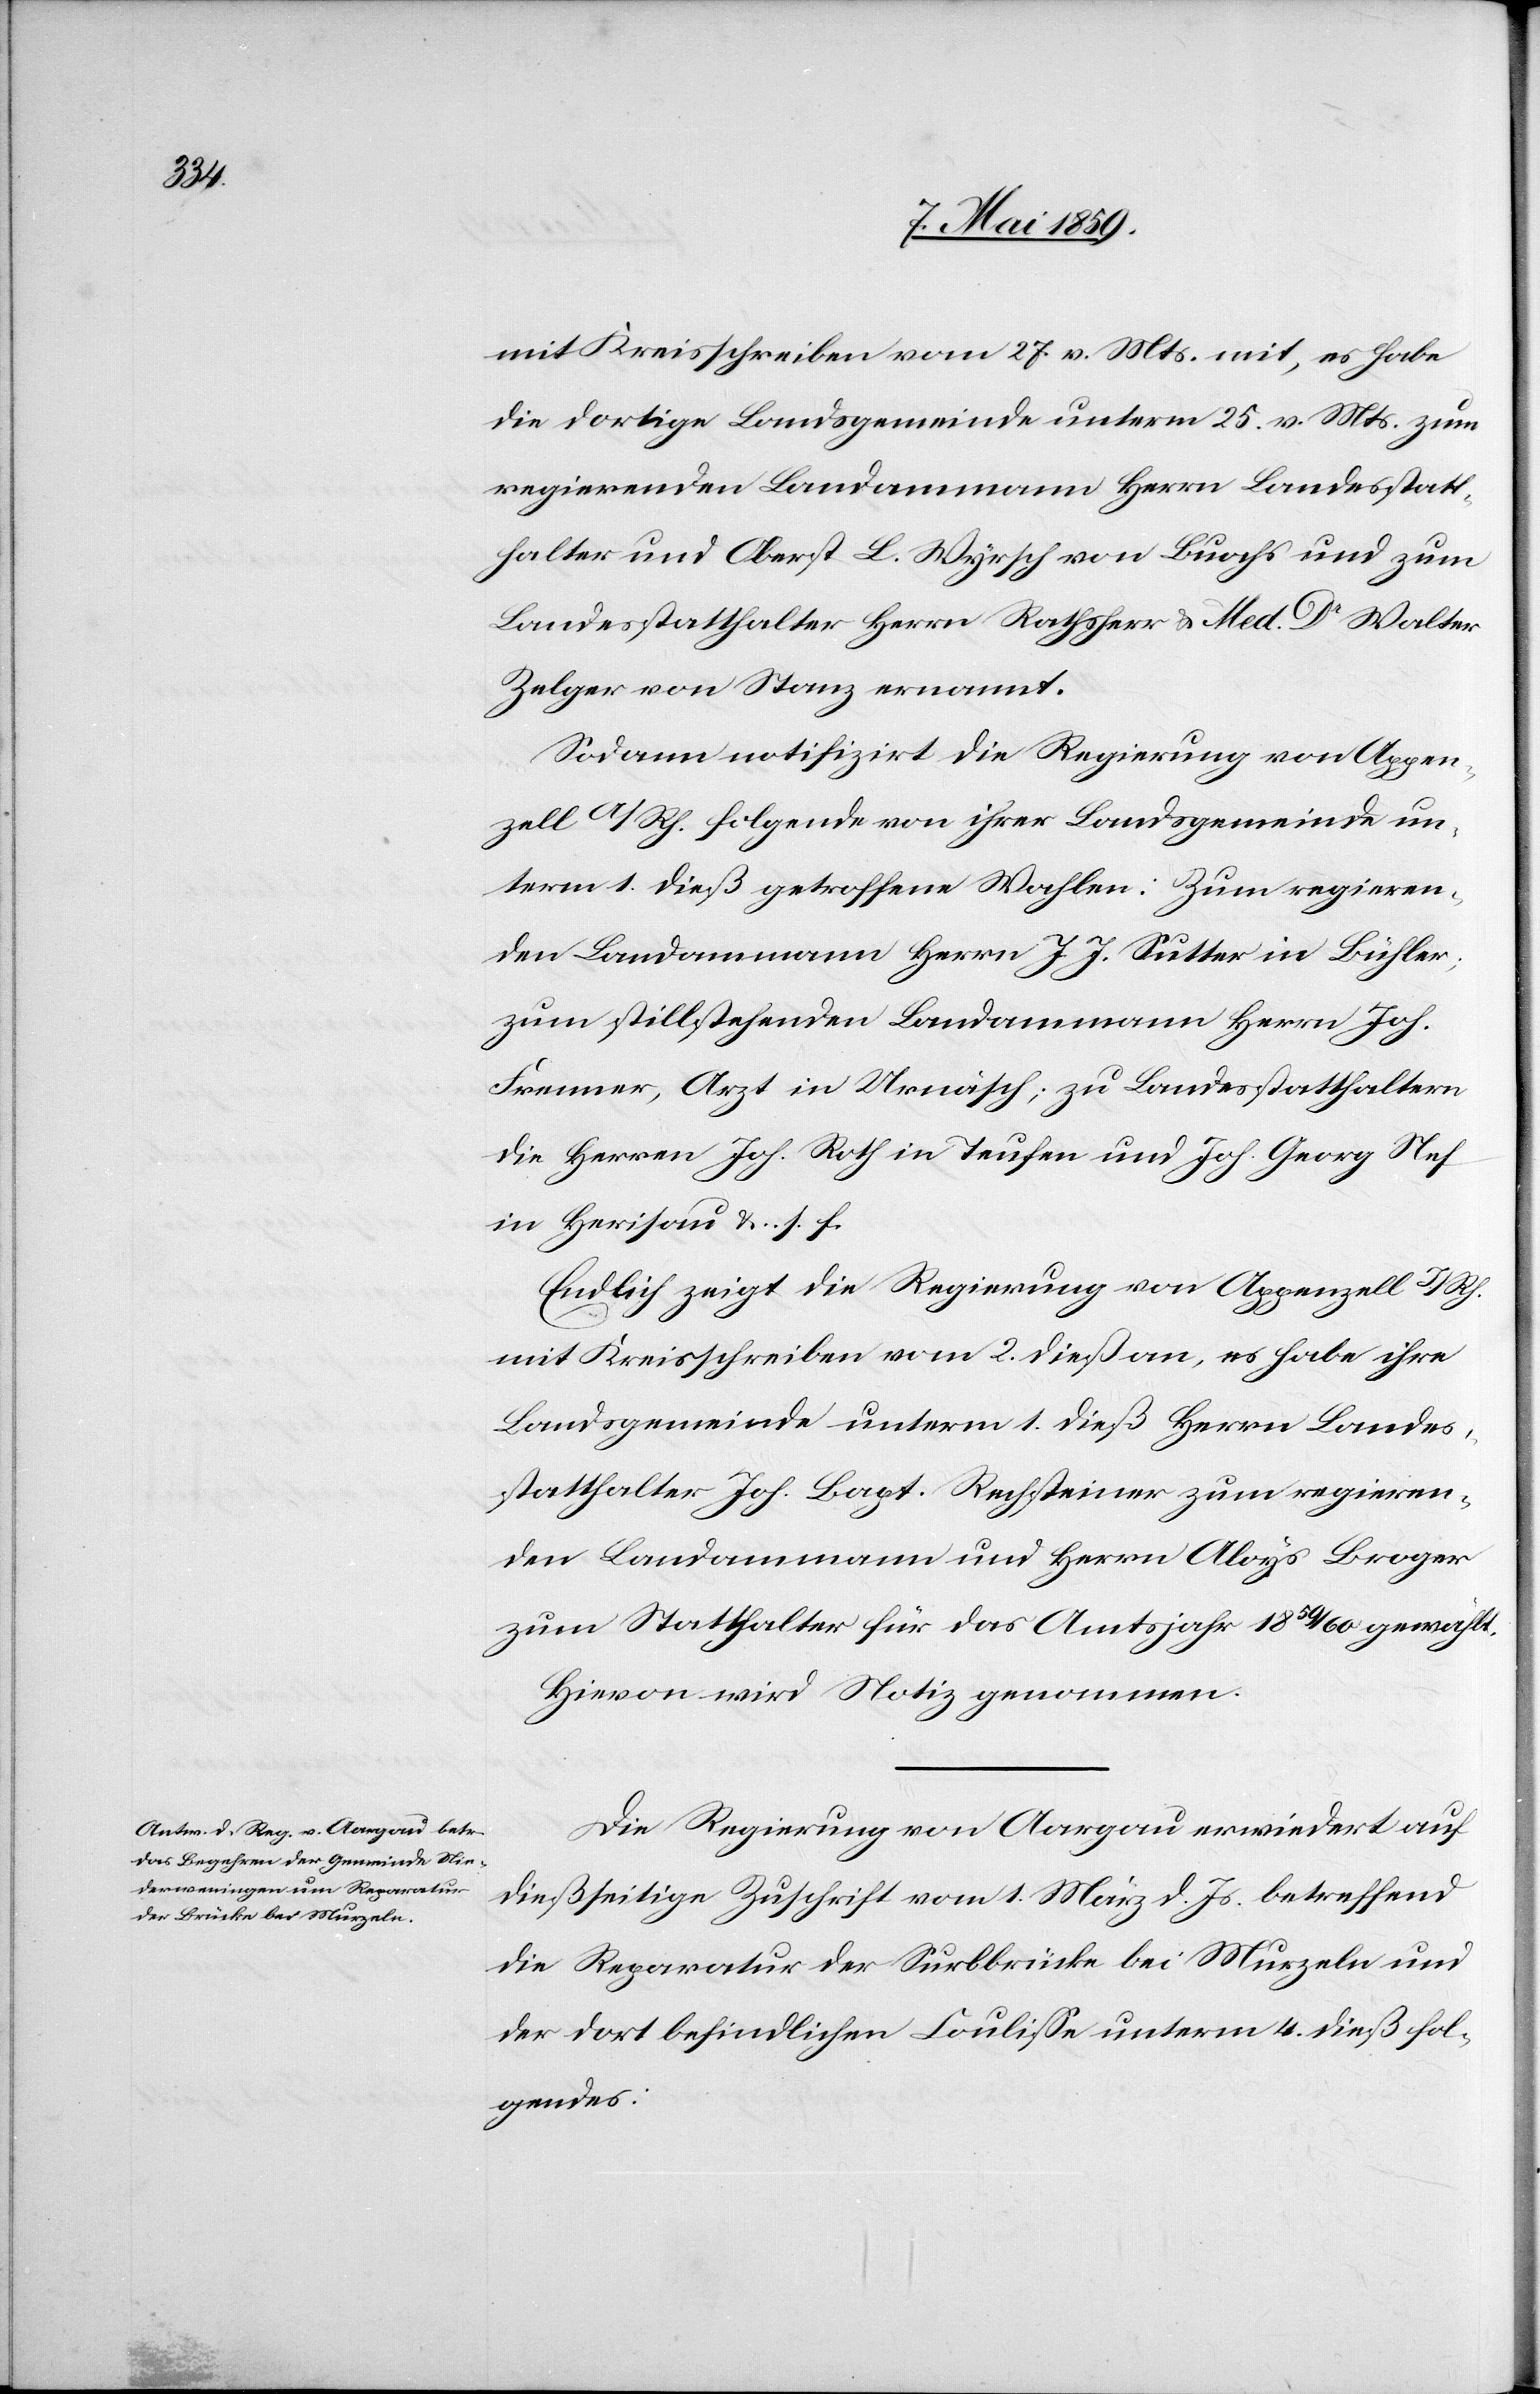
mit Kreisschreiben vom 27. v. Mts. mit, es habe
die dortige Landsgemeinde unterm 25. v. Mts. zum
regierenden Landammann Herrn Landesstatt¬
halter und Oberst L. Wyrsch von Buochs und zum
Landesstatthalter Herrn Rathsherr & Med. Dr. Walter
Zelger von Stanz ernannt.
Sodann notifizirt die Regierung von Appen¬
zell A/Rh. folgende von ihrer Landsgemeinde un¬
term 1. dieß getroffene Wahlen: Zum regieren¬
den Landammann Herrn J. J. Sutter in Bühler;
zum stillstehenden Landammann Herrn Joh.
Frenner, Arzt in Urnäsch; zu Landesstatthaltern
die Herren Joh. Roth in Teufen und Joh. Georg Nef
in Herisau &. s. f.
Endlich zeigt die Regierung von Appenzell I/Rh.
statthalter Joh. Bapt. Rechsteiner zum regieren¬
den Landammann und Herrn Aloys Broger
zum Statthalter für das Amtsjahr 1859/60 gewählt.
Hievon wird Notiz genommen.
Die Regierung von Aargau erwiedert auf
dießseitige Zuschrift vom 1. März d. Js. betreffend
die Reparatur der Surbbrücke bei Murzeln und
der dort befindlichen Couliße unterm 4. dieß fol¬
gendes: